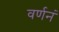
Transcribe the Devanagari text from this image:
वर्णनं